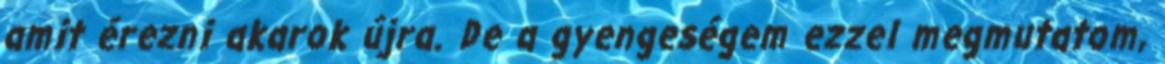
amit érezni akarok újra. De a gyengeségem ezzel megmutatom,